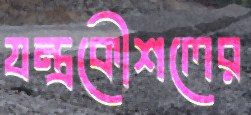
যন্ত্রকৌশলের